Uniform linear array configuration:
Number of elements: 8
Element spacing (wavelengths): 0.25
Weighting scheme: binomial
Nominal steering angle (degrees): -45
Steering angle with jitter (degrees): -45.683
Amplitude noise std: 0.05
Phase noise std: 0.05

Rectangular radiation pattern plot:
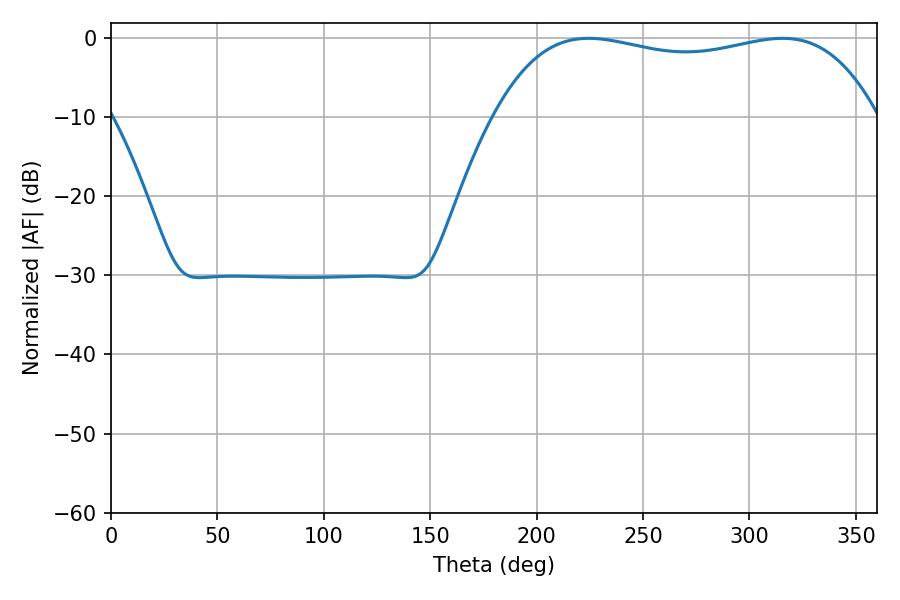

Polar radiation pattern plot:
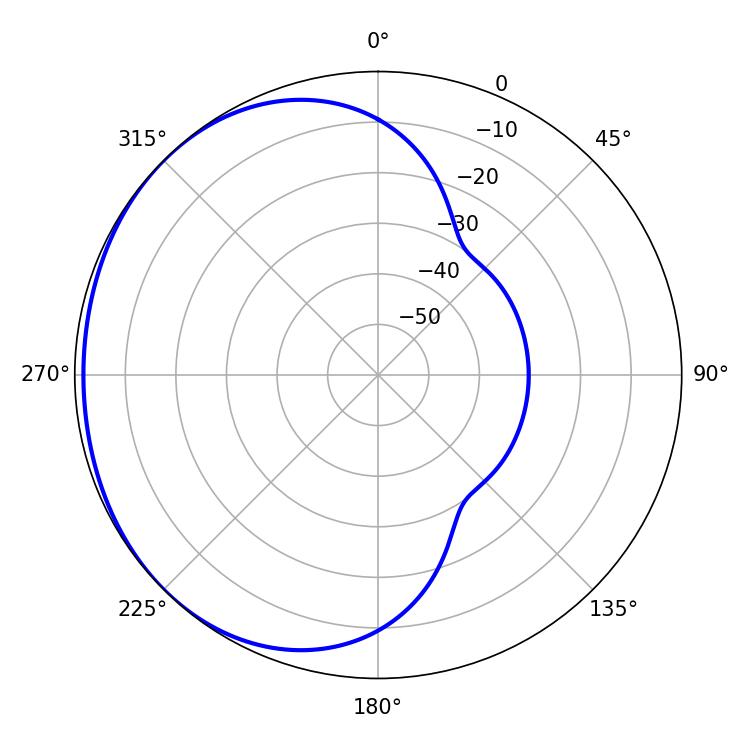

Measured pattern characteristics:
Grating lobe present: FALSE
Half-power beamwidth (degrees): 144.72
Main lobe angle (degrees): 224.46